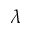
\lambda